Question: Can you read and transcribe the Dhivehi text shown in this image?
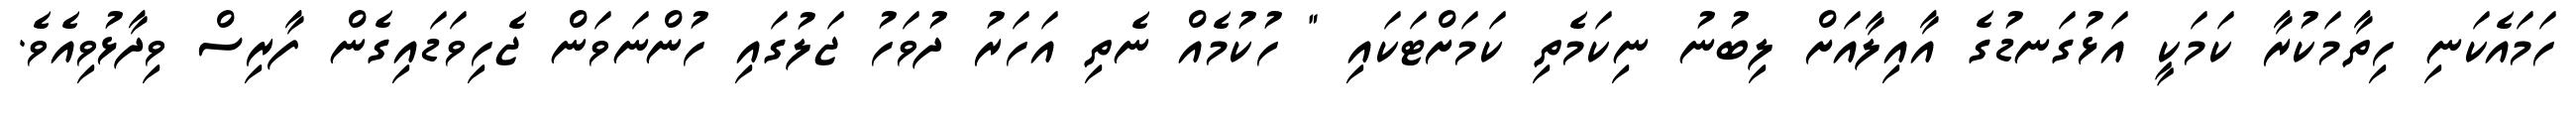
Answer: ހަމައެކަނި ހިތާމަކުރާ ކަމަކީ އަޅުގަނޑުގެ އާއިލާއަށް ލިބުނު ނިކަމެތި ކަމަށްޓަކައި " ހުކުމެއް ނެތި އަހަރު ދުވަހު ޖަލުގައި ހުންނަވަން ޖެހިވަޑައިގެން ފާރިސް ވިދާޅުވިއެވެ.